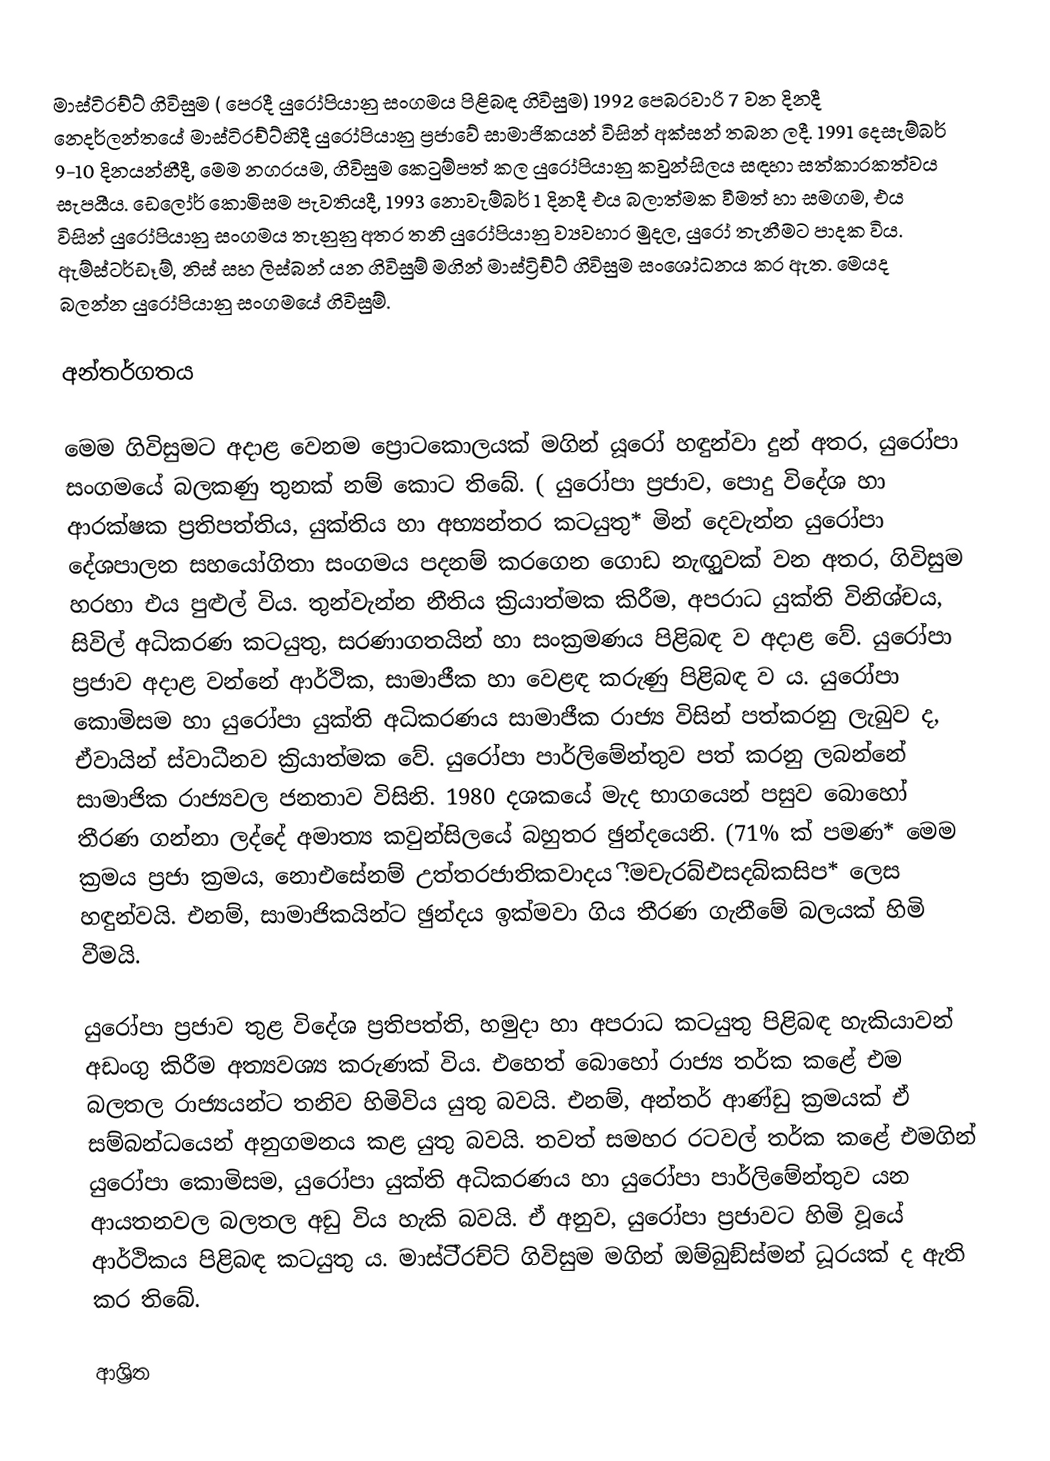
මාස්ටි‍්‍රච්ට් ගිවිසුම ( පෙරදී යුරෝපියානු සංගමය පිළිබඳ ගිවිසුම) 1992 පෙබරවාරි 7 වන දිනදී   නෙදර්ලන්තයේ  මාස්ටි‍්‍රච්ට්හිදී  යුරෝපියානු ප්‍රජාවේ සාමාජිකයන් විසින් අක්සන් තබන ලදී.  1991 දෙසැම්බර් 9-10 දිනයන්හීදී, මෙම නගරයම, ගිවිසුම කෙටුම්පත් කල යුරෝපියානු කවුන්සිලය සඳහා සත්කාරකත්වය සැපයීය.   ඩෙලෝර් කොමිසම පැවතියදී, 1993 නොවැම්බර් 1 දිනදී එය බලාත්මක වීමත් හා සමගම,  එය විසින්  යුරෝපියානු සංගමය තැනුනු අතර තනි යුරෝපියානු ව්‍යවහාර මුදල, යුරෝ තැනීමට පාදක විය.  ඇම්ස්ටර්ඩෑම්, නිස් සහ ලිස්බන් යන ගිවිසුම් මගින් මාස්ට්‍රිච්ට් ගිවිසුම සංශෝධනය කර ඇත. මෙයද බලන්න යුරෝපියානු සංගමයේ ගිවිසුම්.

අන්තර්ගතය

මෙම ගිවිසුමට අදාළ වෙනම ප්‍රොටකොලයක් මගින් යූරෝ හඳුන්වා දුන් අතර, යුරෝපා සංගමයේ බලකණු තුනක් නම් කොට තිබේ. ( යුරෝපා ප‍්‍රජාව, පොදු විදේශ හා ආරක්ෂක ප‍්‍රතිපත්තිය, යුක්තිය හා අභ්‍යන්තර කටයුතු* මින් දෙවැන්න යුරෝපා දේශපාලන සහයෝගිතා සංගමය පදනම් කරගෙන ගොඩ නැඟුුවක් වන අතර, ගිවිසුම හරහා එය පුළුල් විය. තුන්වැන්න නීතිය ක‍්‍රියාත්මක කිරීම, අපරාධ යුක්ති විනිශ්චය, සිවිල් අධිකරණ කටයුතු, සරණාගතයින් හා සංක‍්‍රමණය පිළිබඳ ව අදාළ වේ. යුරෝපා ප‍්‍රජාව අදාළ වන්නේ ආර්ථික, සාමාජීක හා වෙළඳ කරුණු පිළිබඳ ව ය. යුරෝපා කොමිසම හා යුරෝපා යුක්ති අධිකරණය සාමාජීක රාජ්‍ය විසින් පත්කරනු ලැබුව ද, ඒවායින් ස්වාධීනව ක‍්‍රියාත්මක වේ. යුරෝපා පාර්ලිමේන්තුව පත් කරනු ලබන්නේ සාමාජික රාජ්‍යවල ජනතාව විසිනි. 1980 දශකයේ මැද භාගයෙන් පසුව බොහෝ තීරණ ගන්නා ලද්දේ අමාත්‍ය කවුන්සිලයේ බහුතර ඡුන්දයෙනි. (71% ක් පමණ* මෙම ක‍්‍රමය ප‍්‍රජා  ක‍්‍රමය, නොඑසේනම් උත්තරජාතිකවාදය :ීමචැරබ්එසදබ්කසිප*  ලෙස හඳුන්වයි. එනම්, සාමාජිකයින්ට ඡුන්දය ඉක්මවා ගිය තීරණ ගැනීමේ බලයක් හිමි වීමයි.

යුරෝපා ප‍්‍රජාව තුළ විදේශ ප‍්‍රතිපත්ති, හමුදා හා අපරාධ කටයුතු පිළිබඳ හැකියාවන් අඩංගු කිරීම අත්‍යවශ්‍ය කරුණක් විය. එහෙත් බොහෝ රාජ්‍ය තර්ක කළේ එම බලතල රාජ්‍යයන්ට තනිව හිමිවිය යුතු බවයි. එනම්, අන්තර් ආණ්ඩු ක‍්‍රමයක් ඒ සම්බන්ධයෙන් අනුගමනය කළ යුතු බවයි. තවත් සමහර රටවල් තර්ක කළේ එමගින් යුරෝපා කොමිසම, යුරෝපා යුක්ති අධිකරණය හා යුරෝපා පාර්ලිමේන්තුව යන ආයතනවල බලතල අඩු විය හැකි බවයි. ඒ අනුව, යුරෝපා ප‍්‍රජාවට හිමි වූයේ ආර්ථිකය පිළිබඳ කටයුතු ය. මාස්ටි‍්‍රච්ට් ගිවිසුම මගින් ඔම්බුඞ්ස්මන් ධූරයක් ද ඇති කර තිබේ.

ආශ්‍රිත